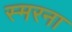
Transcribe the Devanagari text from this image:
स्मरना